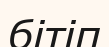
бітіп